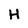
Character: H